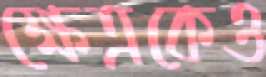
ক্ষেত্রকেও